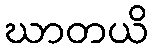
ဃာတယိ